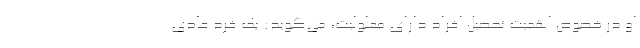
او در خصوص اهمیت تحصیل افراد دارای معلولیت، می‌گوید: یک فرد عادی